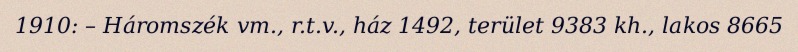
1910: – Háromszék vm., r.t.v., ház 1492, terület 9383 kh., lakos 8665